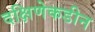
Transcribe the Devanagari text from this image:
दक्षिणेकडीन